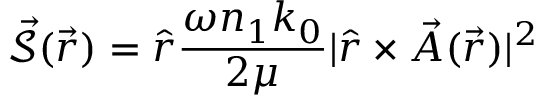
\mathcal { \vec { S } } ( \vec { r } ) = \hat { r } \frac { \omega n _ { 1 } k _ { 0 } } { 2 \mu } | \hat { r } \times \vec { A } ( \vec { r } ) | ^ { 2 }